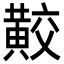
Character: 𪏁